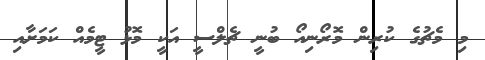
މި މެޗުގެ ކުރިން މޮރޯނިއޯ ބުނީ ޗެލްސީ އަކީ މޮޅު ޓީމެއް ކަމަށާއި